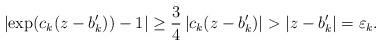
LaTeX: \begin{align*}\left| \exp(c_k(z-b_k'))-1\right|\geq \frac34 \left| c_k(z-b_k')\right|> \left| z-b_k'\right| =\varepsilon_k.\end{align*}